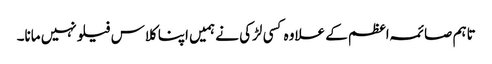
تاہم صائمہ اعظم کے علاوہ کسی لڑکی نے ہمیں اپنا کلاس فیلو نہیں مانا۔